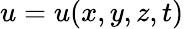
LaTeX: u=u(x,y,z,t)